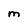
Character: M